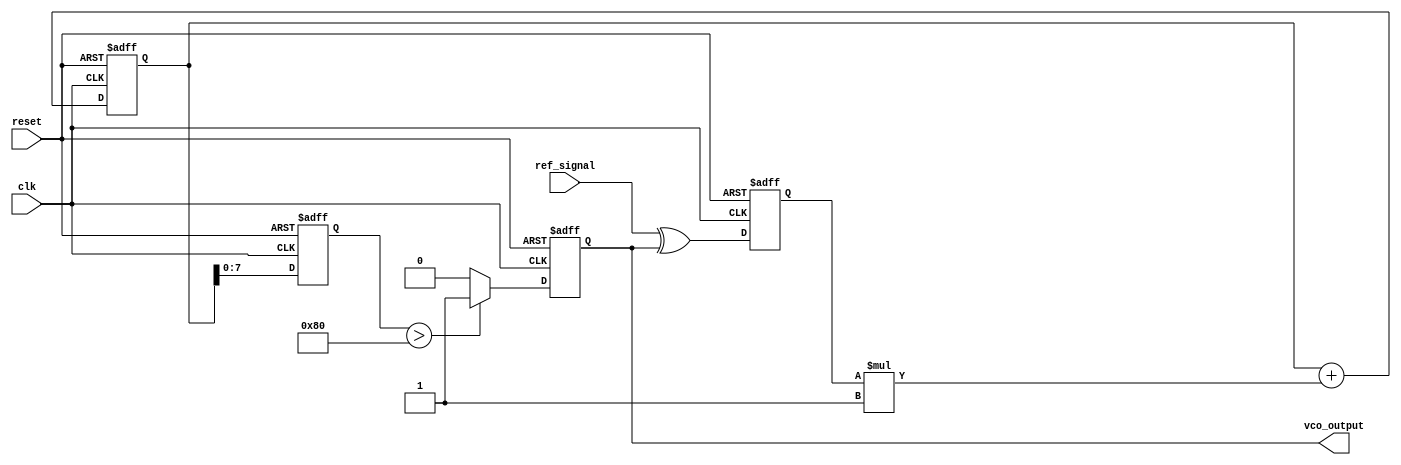
module PLL (
    input wire clk,               // System clock
    input wire reset,             // Asynchronous reset
    input wire ref_signal,        // Reference signal
    output reg vco_output         // Output of the VCO
);

// Parameters
parameter MEMORY_SIZE = 16;     // Size of the memory for phase errors
parameter FILTER_COEFF = 8'h1;  // Coefficient for loop filter (simple example)

// Memory to store phase error values
reg [7:0] phase_error_memory [0:MEMORY_SIZE-1];
reg [3:0] mem_index;            // Memory index for storing phase errors

// Phase Detector
reg phase_error;                // Phase error signal
always @(posedge clk or posedge reset) begin
    if (reset) begin
        phase_error <= 0;
    end else begin
        // Simple phase detector logic (XOR for demonstration)
        phase_error <= ref_signal ^ vco_output;
    end
end

// Loop Filter
reg [15:0] control_voltage;      // Control voltage for VCO
always @(posedge clk or posedge reset) begin
    if (reset) begin
        control_voltage <= 0;
    end else begin
        // Simple low-pass filter (integrator)
        control_voltage <= control_voltage + (phase_error * FILTER_COEFF);
    end
end

// Voltage-Controlled Oscillator (VCO)
reg [7:0] vco_frequency;         // VCO frequency
always @(posedge clk or posedge reset) begin
    if (reset) begin
        vco_frequency <= 0;
        vco_output <= 0;
    end else begin
        // Adjust VCO frequency based on control voltage
        vco_frequency <= control_voltage[7:0]; // Simple mapping
        vco_output <= (vco_frequency > 128) ? 1 : 0; // Example output logic
    end
end

// Memory Management
always @(posedge clk or posedge reset) begin
    if (reset) begin
        mem_index <= 0;
    end else begin
        // Store phase error in memory
        phase_error_memory[mem_index] <= phase_error;
        mem_index <= (mem_index + 1) % MEMORY_SIZE; // Circular buffer
    end
end

endmodule